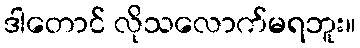
ဒါတောင် လိုသလောက်မရဘူး။